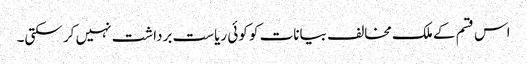
اس قسم کے ملک مخالف بیانات کو کوئی ریاست برداشت نہیں کر سکتی۔